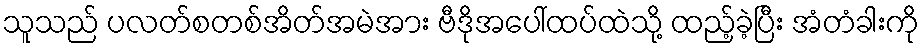
သူသည် ပလတ်စတစ်အိတ်အမဲအား ဗီဒိုအပေါ်ထပ်ထဲသို့ ထည့်ခဲ့ပြီး အံတံခါးကို